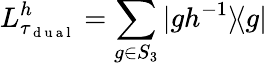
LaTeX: L_{\tau_{\mathrm{~d~u~a~l~}}}^{h}=\sum_{g\in S_{3}}|gh^{-1}\rangle\! \langle g|